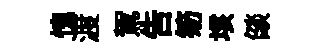
愧渡駕吿笏垓燄